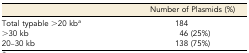
|  | Number of Plasmids (%) |
 | --- | --- |
 | Total typable >20 kba | 184 |
 | >30 kb | 46 (25%) |
 | 20–30 kb | 138 (75%) |